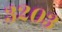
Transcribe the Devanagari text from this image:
३२०३